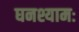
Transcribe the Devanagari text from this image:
घनश्यामः